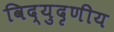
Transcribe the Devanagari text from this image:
विद्युदृणीय